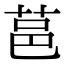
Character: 䓃